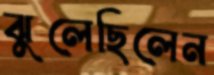
ঝুলেছিলেন